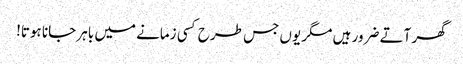
گھر آتے ضرور ہیں مگر یوں جس طرح کسی زمانے میں باہر جانا ہوتا!